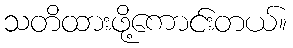
သတိထားဖို့ကောင်းတယ်။